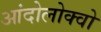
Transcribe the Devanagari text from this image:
आंदोलोक्वो